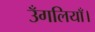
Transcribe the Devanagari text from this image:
उँगलियाँ।